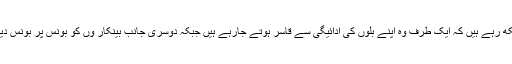
لاکھوں لوگ دیکھ رہے ہیں کہ ایک طرف وہ اپنے بلوں کی ادائیگی سے قاسر ہوتے جارہے ہیں جبکہ دوسری جانب بینکار وں کو بونس پر بونس دیے جارہے ہیں ۔